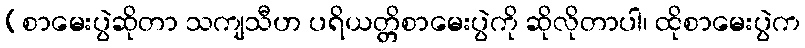
[စာမေးပွဲဆိုတာ သကျသီဟ ပရိယတ္တိစာမေးပွဲကို ဆိုလိုတာပါ၊ ထိုစာမေးပွဲက